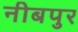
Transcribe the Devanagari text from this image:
नीबपुर